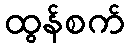
ထွန်စက်